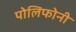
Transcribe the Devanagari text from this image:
पोलिफोनी